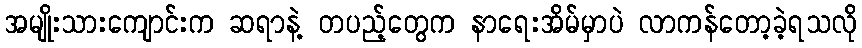
အမျိုးသားကျောင်းက ဆရာနဲ့ တပည့်တွေက နာရေးအိမ်မှာပဲ လာကန်တော့ခဲ့ရသလို